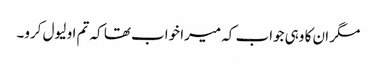
مگر ان کا وہی جواب کہ میرا خواب تھا کہ تم او لیول کرو۔